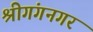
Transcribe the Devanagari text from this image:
श्रीगंगनगर